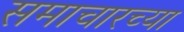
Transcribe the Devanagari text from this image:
समाचारच्या